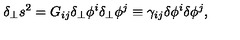
\delta _ { \perp } s ^ { 2 } = G _ { i j } \delta _ { \perp } \phi ^ { i } \delta _ { \perp } \phi ^ { j } \equiv \gamma _ { i j } \delta \phi ^ { i } \delta \phi ^ { j } ,